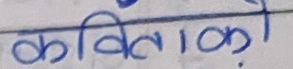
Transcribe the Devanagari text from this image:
कविताको